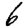
Digit: 6